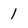
Character: 1